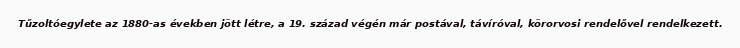
Tűzoltóegylete az 1880-as években jött létre, a 19. század végén már postával, távíróval, körorvosi rendelővel rendelkezett.